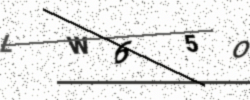
Text: LW65O